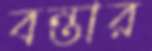
বন্তার